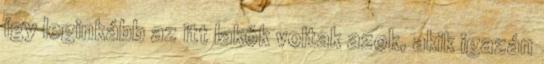
így leginkább az itt lakók voltak azok, akik igazán